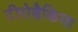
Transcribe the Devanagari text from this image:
टीरोब्रैकिया